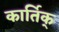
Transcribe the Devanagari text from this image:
कार्तिक्